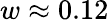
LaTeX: w\approx 0.12